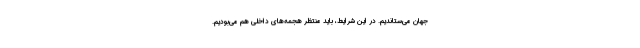
جهان می‌ستاندیم. در این شرایط،‌ باید منتظر هجمه‌های داخلی هم می‌بودیم.